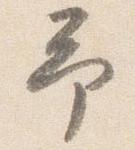
予